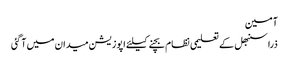
آمین
ذرا سنبھل کے	 تعلیمی نظام بچنے کیلئے اپوزیشن میدان میں آ گئی